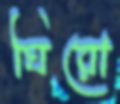
ঘিরো